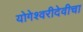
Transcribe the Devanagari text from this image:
योगेश्वरीदेवीचा